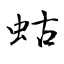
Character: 蛄